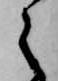
之